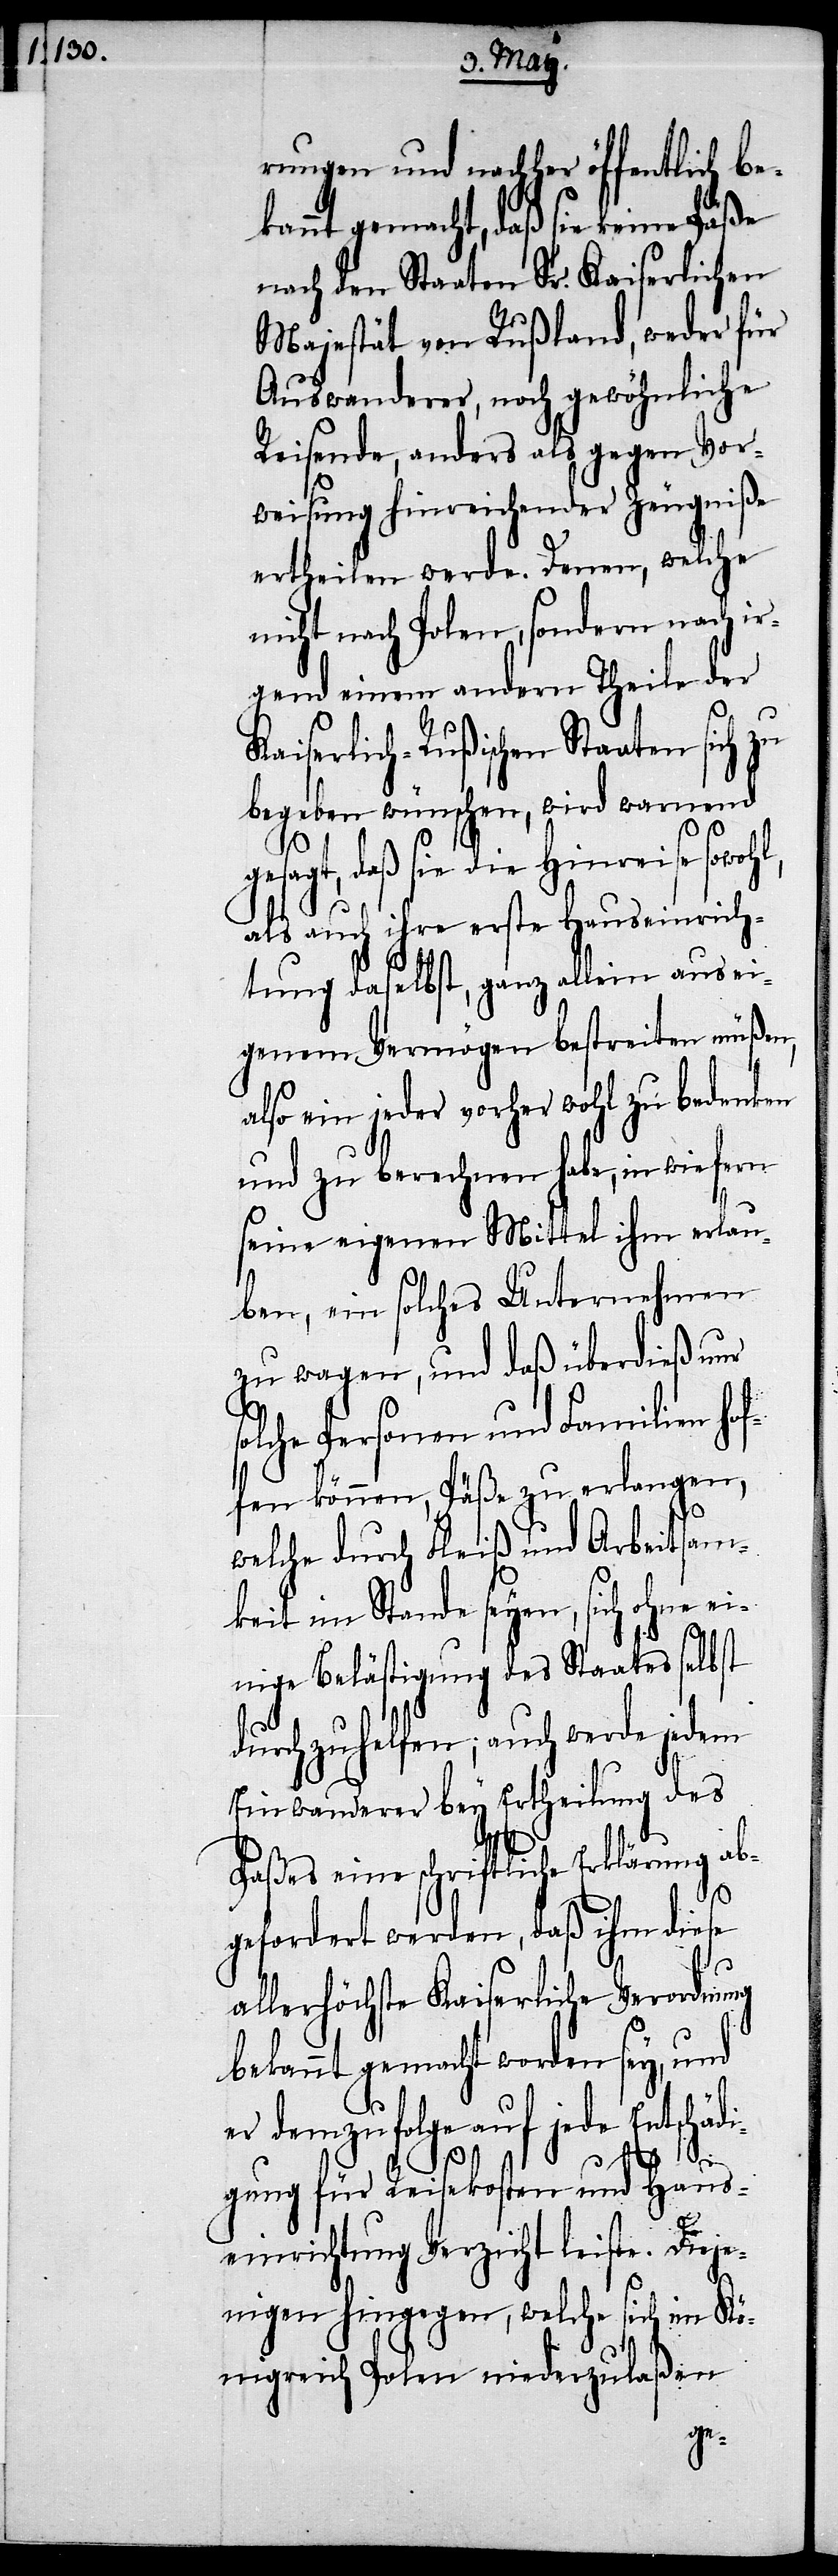
rungen und nachher öffentlich be¬
kannt gemacht, daß sie keine Päße
nach den Staaten Sr. Kaiserlichen
Majestät von Rußland, weder für
Auswanderer, noch gewöhnliche
Reisende, anders als gegen Vor¬
weisung hinreichender Zeugniße
ertheilen werde. Denen, welche
nicht nach Polen, sondern nach ir¬
gend einem andern Theile der
Kaiserlich-Rußischen Staaten sich zu
begeben wünschen, wird warnend
sagt, daß sie die Hinreise sowoh¬
als auch ihre erste Hauseinrich¬
tung daselbst, ganz allein aus ei¬
genem Vermögen bestreiten müßen,
also ein jeder vorher wohl zu bedenken
und zu berechnen habe, inwiefern
seine eigenen Mittel ihm erlau¬
ben, ein solches Unternehmen
zu wagen, und daß überdieß nur
solche Personen und Familien hof¬
fen können, Päße zu erlangen,
welche durch Fleiß und Arbeitsam¬
keit im Stande seyen, sich ohne ei¬
nige Belästigung des Staates selbst
durchzuhelfen; auch werde jedem
Einwanderer bey Ertheilung des
Paßes eine Schriftliche Erklärung ab¬
l,
gefordert werden, daß ihm diese
allerhöchste Kaiserliche Verordnung
bekannt gemacht worden sey, und
er demzufolge auf jede Entschädi¬
gung für Reisekosten und Haus¬
einrichtung Verzicht leiste. Dieje¬
nigen hingegen, welche sich im Kö¬
nigreich Polen niederzulaßen
ge¬